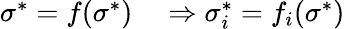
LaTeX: \begin{array}{rl}{\sigma^{*}=f(\sigma^{*})}&{{}\Rightarrow\sigma_{i}^{*}=f_{i}(\sigma^{*})}\end{array}